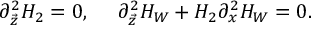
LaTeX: \partial _ { \vec { z } } ^ { 2 } H _ { 2 } = 0 , \ \ \ \ \partial _ { \vec { z } } ^ { 2 } H _ { W } + H _ { 2 } \partial _ { x } ^ { 2 } H _ { W } = 0 .